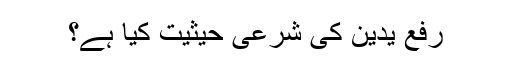
رفع یدین کی شرعی حیثیت کیا ہے؟